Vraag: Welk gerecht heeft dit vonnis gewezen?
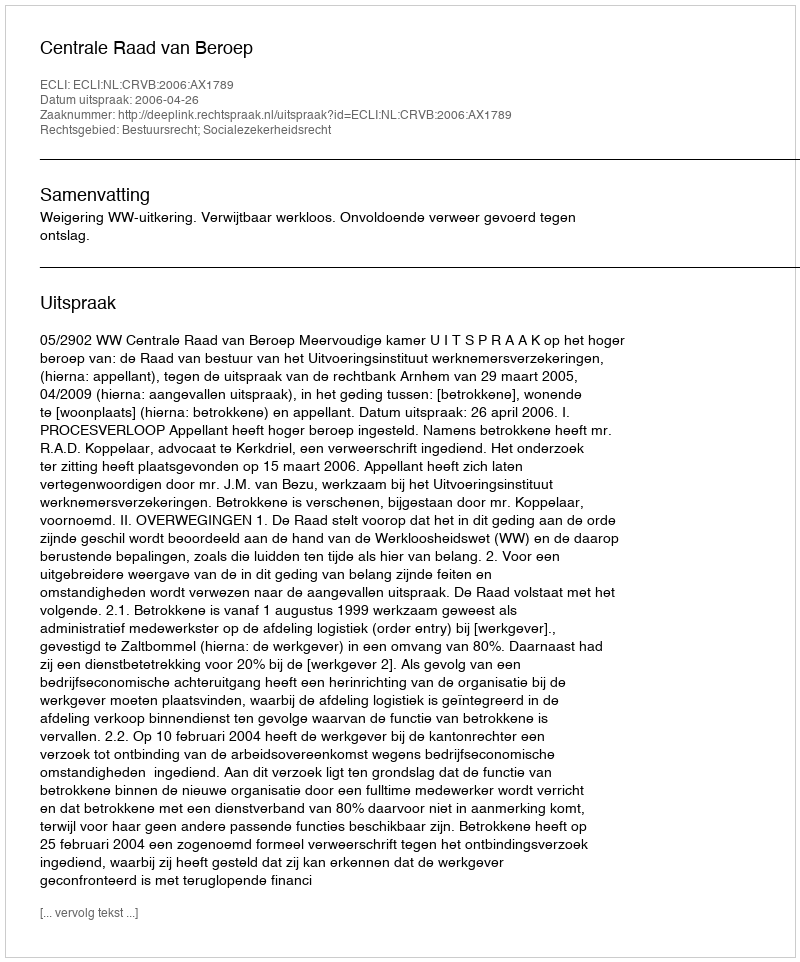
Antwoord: Centrale Raad van Beroep